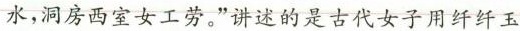
水，洞房西室女工劳。”讲述的是古代女子用纤纤玉